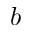
b